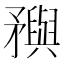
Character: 𥎗